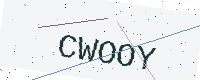
Text: CWOOY